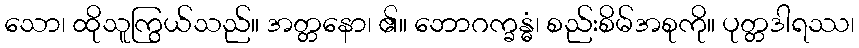
သော၊ ထိုသူကြွယ်သည်။ အတ္တနော၊ ၏။ ဘောဂက္ခန္ဓံ၊ စည်းစိမ်အစုကို။ ပုတ္တဒါရဿ၊